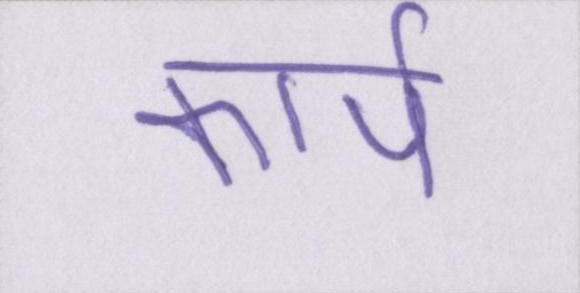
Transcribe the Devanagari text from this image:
कार्प